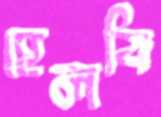
হেলবি